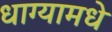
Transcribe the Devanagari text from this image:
धाग्यामधे